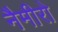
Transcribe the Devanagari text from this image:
नैमीरो